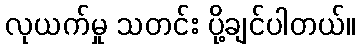
လုယက်မှု သတင်း ပို့ချင်ပါတယ်။